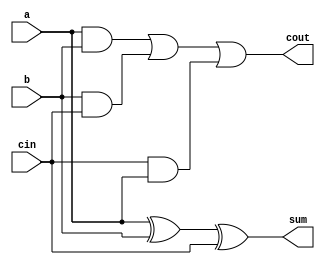
`timescale 1ns / 1ps
//////////////////////////////////////////////////////////////////////////////////
// Company: 
// Engineer: 
// 
// Design Name: 
// Module Name: full_adder
// Project Name: 
// Target Devices: 
// Tool Versions: 
// Description: 
// 
// Dependencies: 
// 
// Revision:
// Revision 0.01 - File Created
// Additional Comments:
// 
//////////////////////////////////////////////////////////////////////////////////


module full_adder(
output sum,
output cout,
input a,
input b,
input cin
    );

wire w1,w2,w3;
assign sum=a^b^cin;
assign w1=a&b;
assign w2=b&cin;
assign w3=cin&a;
assign cout=w1|w2|w3;

endmodule